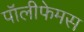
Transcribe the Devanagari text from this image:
पॉलीफेमस